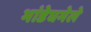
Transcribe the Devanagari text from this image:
भांडेघमेले